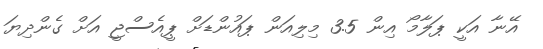
އޭނާ އަކީ ޕަލާމޯ އިން 3.5 މިލިއަން ޕައުންޑަށް ޕީއެސްޖީ އަށް ގެންދިޔަ